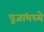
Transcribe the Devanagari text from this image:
पूजांमध्ये